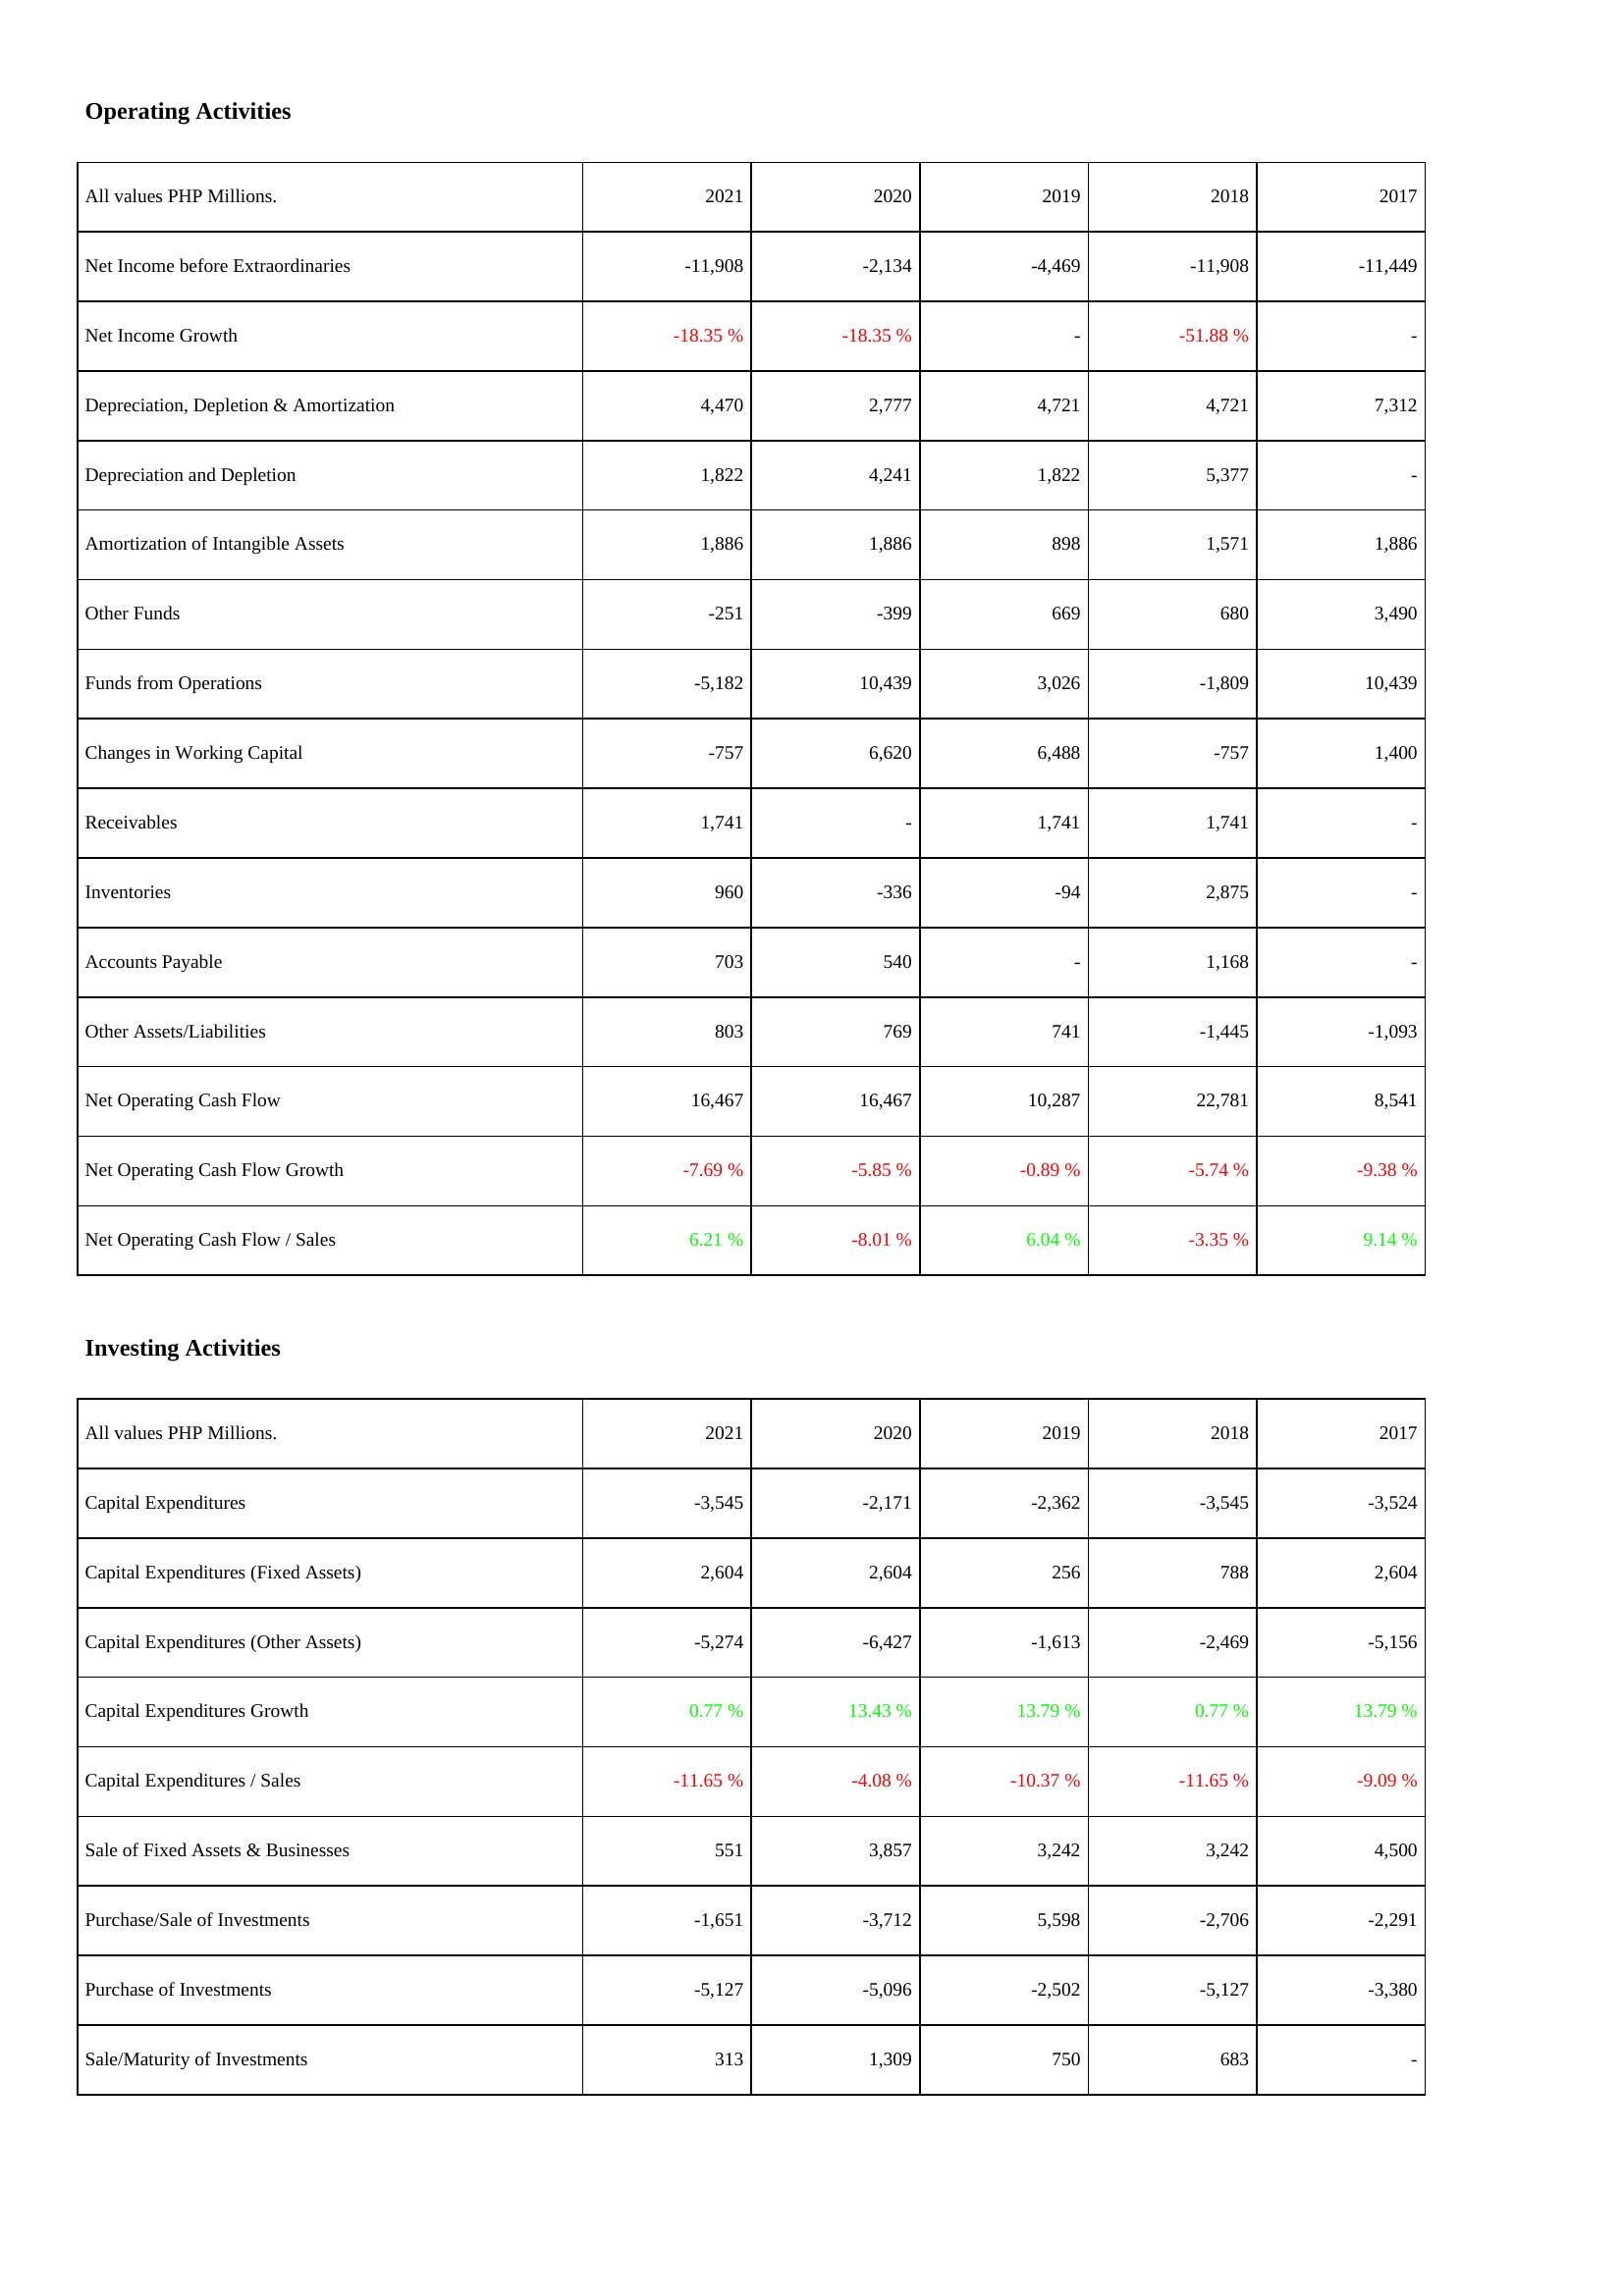
2021: Operating Activities: Net Income before Extraordinaries: -11,908
Net Income Growth: -18.35 %
Depreciation, Depletion & Amortization: 4,470
Depreciation and Depletion: 1,822
Amortization of Intangible Assets: 1,886
Other Funds: -251
Funds from Operations: -5,182
Changes in Working Capital: -757
Receivables: 1,741
Inventories: 960
Accounts Payable: 703
Other Assets/Liabilities: 803
Net Operating Cash Flow: 16,467
Net Operating Cash Flow Growth: -7.69 %
Net Operating Cash Flow / Sales: 6.21 %
Investing Activities: Capital Expenditures: -3,545
Capital Expenditures (Fixed Assets): 2,604
Capital Expenditures (Other Assets): -5,274
Capital Expenditures Growth: 0.77 %
Capital Expenditures / Sales: -11.65 %
Sale of Fixed Assets & Businesses: 551
Purchase/Sale of Investments: -1,651
Purchase of Investments: -5,127
Sale/Maturity of Investments: 313
2020: Operating Activities: Net Income before Extraordinaries: -2,134
Net Income Growth: -18.35 %
Depreciation, Depletion & Amortization: 2,777
Depreciation and Depletion: 4,241
Amortization of Intangible Assets: 1,886
Other Funds: -399
Funds from Operations: 10,439
Changes in Working Capital: 6,620
Receivables: -
Inventories: -336
Accounts Payable: 540
Other Assets/Liabilities: 769
Net Operating Cash Flow: 16,467
Net Operating Cash Flow Growth: -5.85 %
Net Operating Cash Flow / Sales: -8.01 %
Investing Activities: Capital Expenditures: -2,171
Capital Expenditures (Fixed Assets): 2,604
Capital Expenditures (Other Assets): -6,427
Capital Expenditures Growth: 13.43 %
Capital Expenditures / Sales: -4.08 %
Sale of Fixed Assets & Businesses: 3,857
Purchase/Sale of Investments: -3,712
Purchase of Investments: -5,096
Sale/Maturity of Investments: 1,309
2019: Operating Activities: Net Income before Extraordinaries: -4,469
Net Income Growth: -
Depreciation, Depletion & Amortization: 4,721
Depreciation and Depletion: 1,822
Amortization of Intangible Assets: 898
Other Funds: 669
Funds from Operations: 3,026
Changes in Working Capital: 6,488
Receivables: 1,741
Inventories: -94
Accounts Payable: -
Other Assets/Liabilities: 741
Net Operating Cash Flow: 10,287
Net Operating Cash Flow Growth: -0.89 %
Net Operating Cash Flow / Sales: 6.04 %
Investing Activities: Capital Expenditures: -2,362
Capital Expenditures (Fixed Assets): 256
Capital Expenditures (Other Assets): -1,613
Capital Expenditures Growth: 13.79 %
Capital Expenditures / Sales: -10.37 %
Sale of Fixed Assets & Businesses: 3,242
Purchase/Sale of Investments: 5,598
Purchase of Investments: -2,502
Sale/Maturity of Investments: 750
2018: Operating Activities: Net Income before Extraordinaries: -11,908
Net Income Growth: -51.88 %
Depreciation, Depletion & Amortization: 4,721
Depreciation and Depletion: 5,377
Amortization of Intangible Assets: 1,571
Other Funds: 680
Funds from Operations: -1,809
Changes in Working Capital: -757
Receivables: 1,741
Inventories: 2,875
Accounts Payable: 1,168
Other Assets/Liabilities: -1,445
Net Operating Cash Flow: 22,781
Net Operating Cash Flow Growth: -5.74 %
Net Operating Cash Flow / Sales: -3.35 %
Investing Activities: Capital Expenditures: -3,545
Capital Expenditures (Fixed Assets): 788
Capital Expenditures (Other Assets): -2,469
Capital Expenditures Growth: 0.77 %
Capital Expenditures / Sales: -11.65 %
Sale of Fixed Assets & Businesses: 3,242
Purchase/Sale of Investments: -2,706
Purchase of Investments: -5,127
Sale/Maturity of Investments: 683
2017: Operating Activities: Net Income before Extraordinaries: -11,449
Net Income Growth: -
Depreciation, Depletion & Amortization: 7,312
Depreciation and Depletion: -
Amortization of Intangible Assets: 1,886
Other Funds: 3,490
Funds from Operations: 10,439
Changes in Working Capital: 1,400
Receivables: -
Inventories: -
Accounts Payable: -
Other Assets/Liabilities: -1,093
Net Operating Cash Flow: 8,541
Net Operating Cash Flow Growth: -9.38 %
Net Operating Cash Flow / Sales: 9.14 %
Investing Activities: Capital Expenditures: -3,524
Capital Expenditures (Fixed Assets): 2,604
Capital Expenditures (Other Assets): -5,156
Capital Expenditures Growth: 13.79 %
Capital Expenditures / Sales: -9.09 %
Sale of Fixed Assets & Businesses: 4,500
Purchase/Sale of Investments: -2,291
Purchase of Investments: -3,380
Sale/Maturity of Investments: -